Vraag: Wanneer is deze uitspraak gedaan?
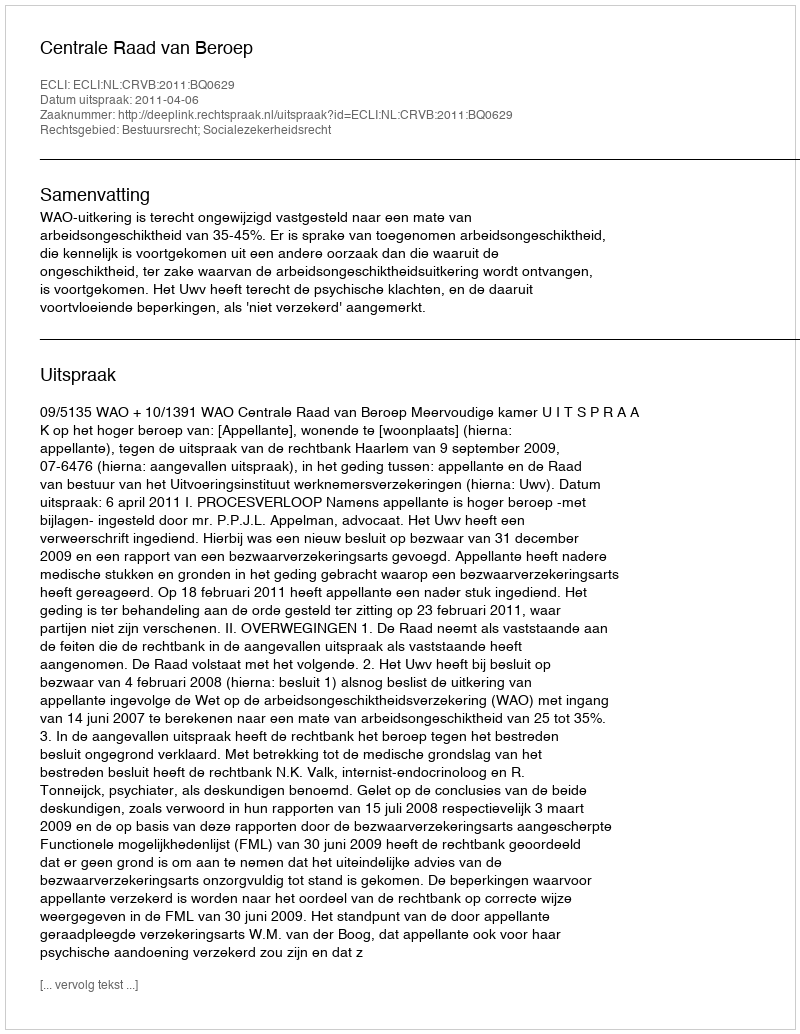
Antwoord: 2011-04-06